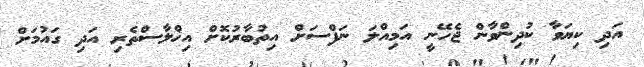
އަދި ކިޔަވާ ކުދިންވާން ޖެހޭނީ އަމިއްލަ ނަފްސަށް އިތުބާރުކޮށް އިޚްލާސްތެރި އަދި ގައުމަށް